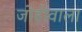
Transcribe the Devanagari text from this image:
जोड़ोंवाला